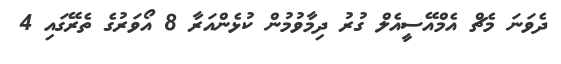
ދެވަނަ މެޗް އެމްއޭސީއެލް ގުރު ދިމާވުމުން ކުޅެންއަރާ 8 އޯވަރުގެ ތެރޭގައި 4